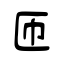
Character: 匝